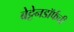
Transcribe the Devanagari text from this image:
बेट्टेनडॉर्फची